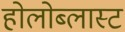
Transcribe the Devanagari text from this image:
होलोब्लास्ट